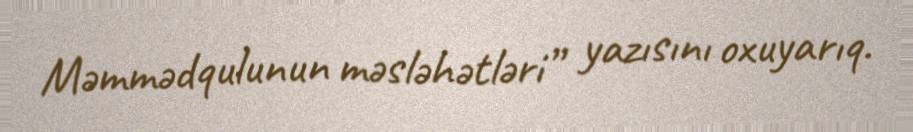
Məmmədqulunun məsləhətləri” yazısını oxuyarıq.